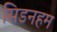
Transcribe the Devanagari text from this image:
सिडनहम